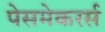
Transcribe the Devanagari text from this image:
पेसमेकरर्स